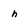
Character: h